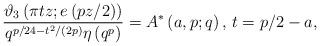
LaTeX: \begin{align*}\frac{\vartheta_3\left(\pi t z;e\left(pz/2\right)\right)}{q^{p/24-t^2/(2p)}\eta\left(q^p\right)}=A^{*}\left(a,p;q\right)\textrm{, }t=p/2-a,\end{align*}